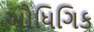
ઔધિગિક